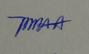
Signature authenticity: genuine